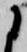
に